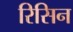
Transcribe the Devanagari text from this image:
रिसिन